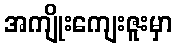
အကျိုးကျေးဇူးမှာ